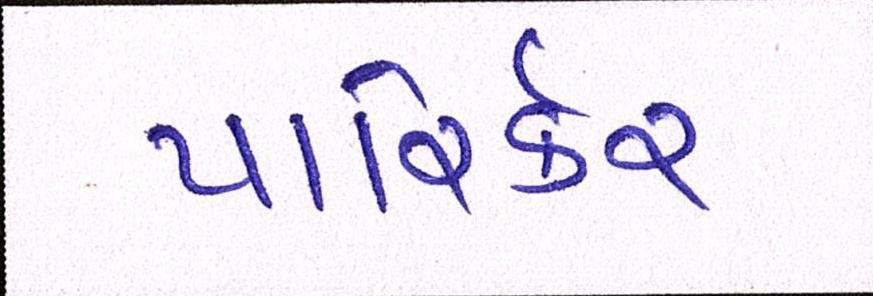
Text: પારિર્કર